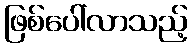
ဖြစ်ပေါ်လာသည့်